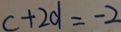
c + 2 d = - 2